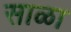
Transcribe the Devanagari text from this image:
साळा